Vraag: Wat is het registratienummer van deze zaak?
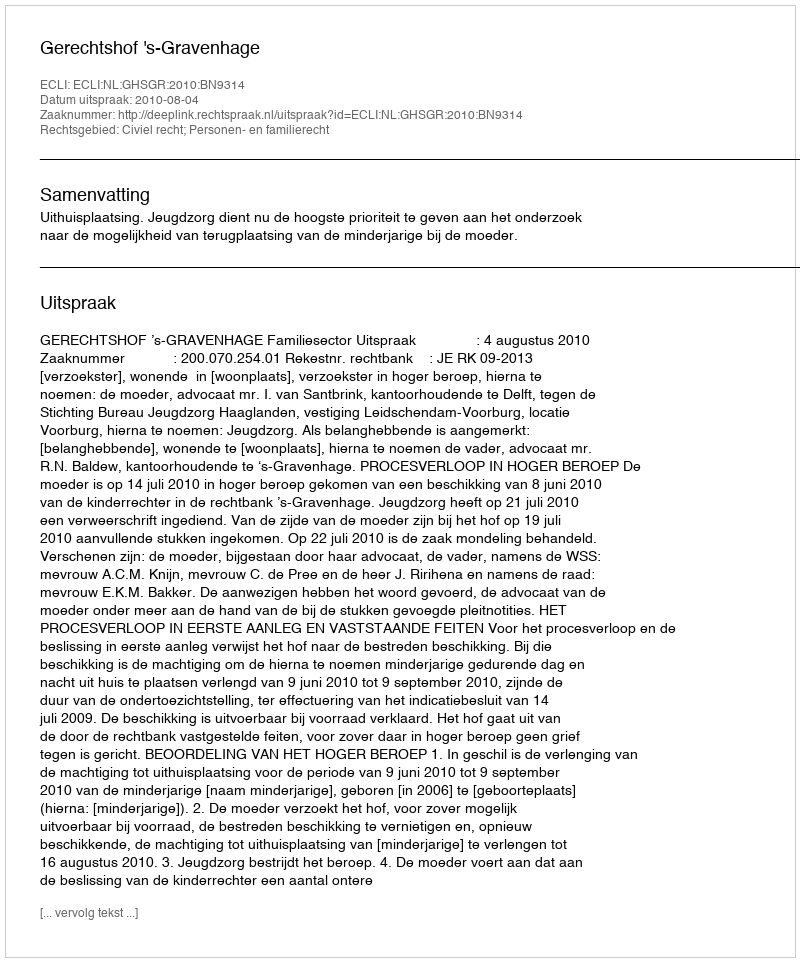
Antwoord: http://deeplink.rechtspraak.nl/uitspraak?id=ECLI:NL:GHSGR:2010:BN9314